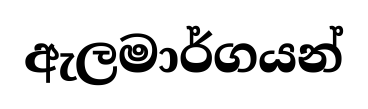
ඇලමාර්ගයන්